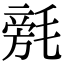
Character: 𣯟